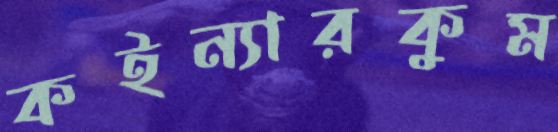
কইন্যারকুম